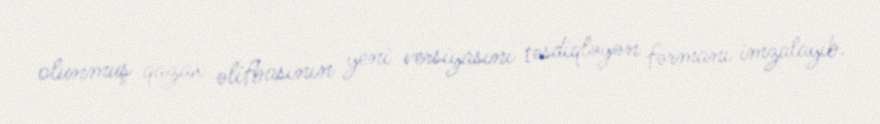
olunmuş qazax əlifbasının yeni versiyasını təsdiqləyən fərmanı imzalayıb.